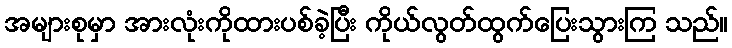
အများစုမှာ အားလုံးကိုထားပစ်ခဲ့ပြီး ကိုယ်လွတ်ထွက်ပြေးသွားကြ သည်။